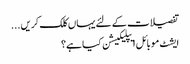
تفصیلات کے لئے یہاں کلک کریں...
ایشٹ موبائل ایپلیکیشن کیا ہے؟